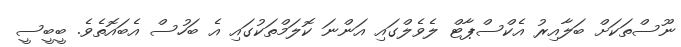
ނޫސްތަކަށް ބަލާއިރު އެކްސްޕާޓް ލެވެލްގައި އަންނަ ކޮލަމްތަކުގައި އެ ބަހުސް އެބައޮތެވެ. ބީބީސީ